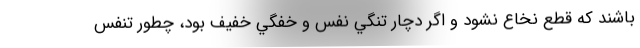
باشند كه قطع نخاع نشود و اگر دچار تنگي نفس و خفگي خفيف بود، چطور تنفس